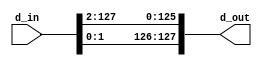
module ROR128(d_in, d_out);//128 bit Rotate Right (always rotate 2 bits)
	input[127:0] d_in;
	output[127:0] d_out;
	
	assign d_out[127:126] = d_in[1:0]; //Higest 2 bit of rotated bit = Loweser 2 bit of non-rotated bit
	assign d_out[125:0] = d_in[127:2]; //Nth Bit of rotated bit = N+2th bit of non-rotated bit
endmodule